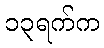
၁၃ရက်က